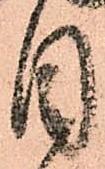
目